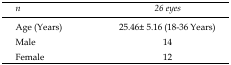
<table><thead><tr><td><b><i>n</i></b></td><td><b><i>26 eyes</i></b></td></tr></thead><tbody><tr><td>Age (Years)</td><td>25.46± 5.16 (18-36 Years)</td></tr><tr><td>Male</td><td>14</td></tr><tr><td>Female</td><td>12</td></tr></tbody></table>